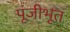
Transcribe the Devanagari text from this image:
पूंजीभूत